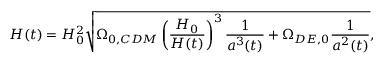
H ( t ) = H _ { 0 } ^ { 2 } \sqrt { \Omega _ { 0 , C D M } \left( \frac { H _ { 0 } } { H ( t ) } \right) ^ { 3 } \frac { 1 } { a ^ { 3 } ( t ) } + \Omega _ { D E , 0 } \frac { 1 } { a ^ { 2 } ( t ) } } ,